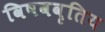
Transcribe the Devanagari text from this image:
विषववृतिय